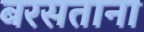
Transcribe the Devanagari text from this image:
बरसताना